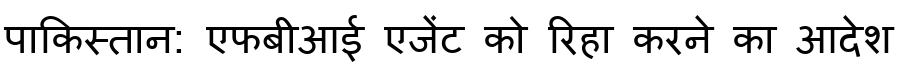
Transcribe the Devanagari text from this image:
पाकिस्तान: एफबीआई एजेंट को रिहा करने का आदेश